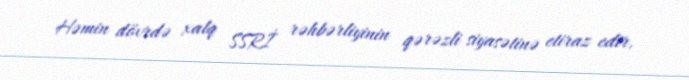
Həmin dövrdə xalq SSRİ rəhbərliyinin qərəzli siyasətinə etiraz edir,